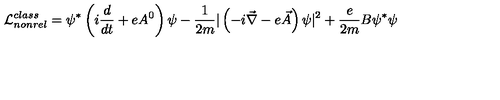
{ \cal { L } } _ { n o n r e l } ^ { c l a s s } = \psi ^ { * } \left( i \frac { d } { d t } + e A ^ { 0 } \right) \psi - \frac { 1 } { 2 m } | \left( - i \vec { \nabla } - e \vec { A } \right) \psi | ^ { 2 } + \frac { e } { 2 m } B \psi ^ { * } \psi